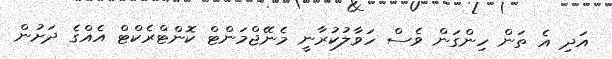
އަދި އެ ތަން ހިންގަން ވެސް ހަވާލުކުރާނީ މެނޭޖްމަންޓް ކޮންޓްރެކްޓް އެއްގެ ދަށުން